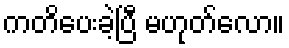
ကတိပေးခဲ့ပြီ မဟုတ်လော။